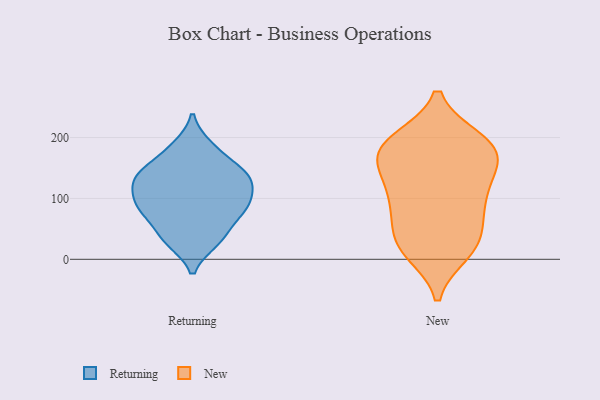
{"axis": {"x": "LTV (USD)", "y": "Value"}, "legend": ["New", "Returning"], "data": [{"x": "", "y": 90, "type": "Returning"}, {"x": "", "y": 137, "type": "Returning"}, {"x": "", "y": 120, "type": "Returning"}, {"x": "", "y": 153, "type": "Returning"}, {"x": "", "y": 147, "type": "Returning"}, {"x": "", "y": 182, "type": "Returning"}, {"x": "", "y": 31, "type": "Returning"}, {"x": "", "y": 92, "type": "Returning"}, {"x": "", "y": 101, "type": "Returning"}, {"x": "", "y": 132, "type": "Returning"}, {"x": "", "y": 133, "type": "Returning"}, {"x": "", "y": 79, "type": "Returning"}, {"x": "", "y": 33, "type": "Returning"}, {"x": "", "y": 186, "type": "Returning"}, {"x": "", "y": 59, "type": "Returning"}, {"x": "", "y": 130, "type": "Returning"}, {"x": "", "y": 29, "type": "Returning"}, {"x": "", "y": 91, "type": "Returning"}, {"x": "", "y": 75, "type": "Returning"}, {"x": "", "y": 23, "type": "New"}, {"x": "", "y": 186, "type": "New"}, {"x": "", "y": 138, "type": "New"}, {"x": "", "y": 192, "type": "New"}, {"x": "", "y": 106, "type": "New"}, {"x": "", "y": 86, "type": "New"}, {"x": "", "y": 167, "type": "New"}, {"x": "", "y": 18, "type": "New"}, {"x": "", "y": 12, "type": "New"}, {"x": "", "y": 173, "type": "New"}, {"x": "", "y": 47, "type": "New"}, {"x": "", "y": 162, "type": "New"}, {"x": "", "y": 87, "type": "New"}, {"x": "", "y": 195, "type": "New"}, {"x": "", "y": 95, "type": "New"}, {"x": "", "y": 29, "type": "New"}, {"x": "", "y": 143, "type": "New"}, {"x": "", "y": 196, "type": "New"}]}